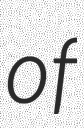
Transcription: of